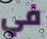
في